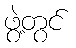
ဖွဲ့တွင်